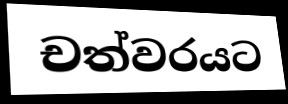
චත්වරයට